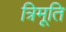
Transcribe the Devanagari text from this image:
त्रिमूति